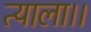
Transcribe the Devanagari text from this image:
त्याला।।